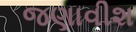
જણાવીશ